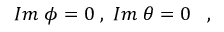
I m \; \phi = 0 \; , \; I m \; \theta = 0 \; \; \; ,